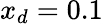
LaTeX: x_{d}=0.1